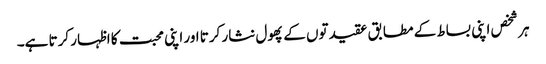
ہر شخص اپنی بساط کے مطابق عقیدتوں کے پھول نثار کرتا اور اپنی محبت کا اظہار کرتا ہے۔